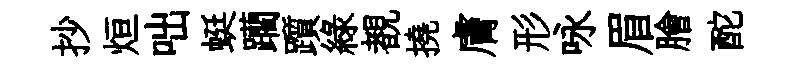
抄烜咄蜓躪躓緑覩撓膚形咏眉膾酡